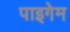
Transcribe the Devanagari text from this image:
पाइगेम